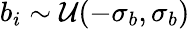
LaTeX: b_{i}\sim\mathcal{U}(-\sigma_{b},\sigma_{b})